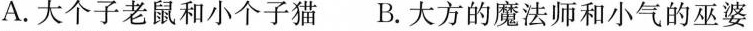
A.大个子老鼠和小个子猫B.大方的魔法师和小气的巫婆